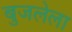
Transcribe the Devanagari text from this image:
बुजलेला